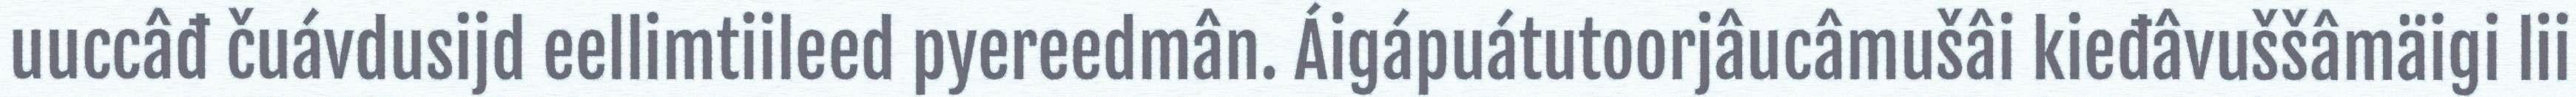
uuccâđ čuávdusijd eellimtiileed pyereedmân. Áigápuátutoorjâucâmušâi kieđâvuššâmäigi lii